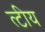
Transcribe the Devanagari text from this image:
त्टीय